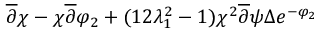
\overline { { { \partial } } } \chi - \chi \overline { { { \partial } } } \varphi _ { 2 } + ( { 1 \o { 2 \lambda _ { 1 } ^ { 2 } } } - 1 ) { { \chi ^ { 2 } \overline { { { \partial } } } \psi } \o \Delta } e ^ { - \varphi _ { 2 } }